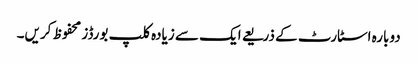
دوبارہ اسٹارٹ کے ذریعے ایک سے زیادہ کلپ بورڈز محفوظ کریں۔